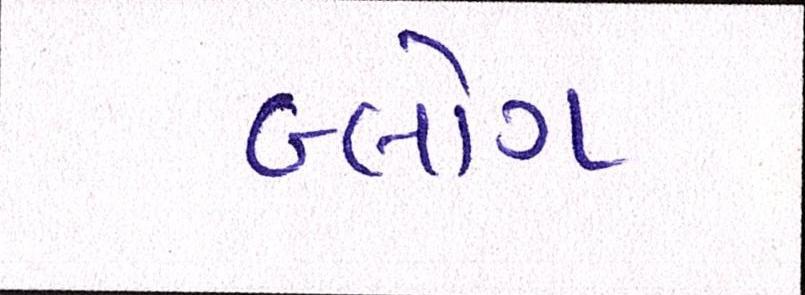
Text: બ્લોગ